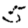
Digit: 5